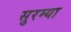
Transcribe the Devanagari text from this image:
सुरम्या